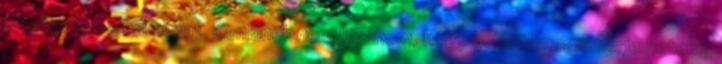
megtartani a hatalmat. Senkinek nem kívánom, hogy belüröl megismerje.hetekig